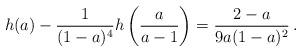
LaTeX: \begin{align*}h(a)-{1\over{(1-a)^4}}h\left({a\over{a-1}}\right)={2-a\over{9a(1-a)^2}}\,.\end{align*}